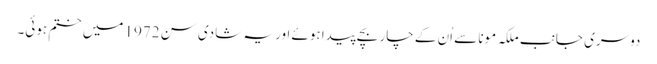
دوسری جانب ملکہ مونا سے اُن کے چار بچے پیدا ہوئے اور یہ شادی سن 1972 میں ختم ہوئی۔